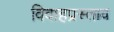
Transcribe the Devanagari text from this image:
विवाहप्रस्ताव